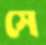
সে